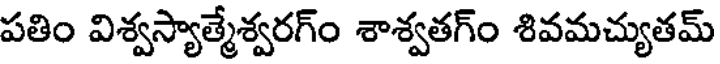
పతిం విశ్వస్యాత్మేశ్వరగ్ం శాశ్వతగ్ం శివమచ్యుతమ్